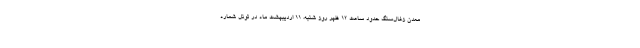
معدن زغال‌سنگ حدود ساعت ١٢ ظهر روز شنبه، ١١ اردیبهشت ماه در تونل شماره